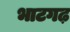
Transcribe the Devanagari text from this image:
भाटगढ़